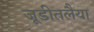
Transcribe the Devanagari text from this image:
जूडीतलैया